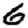
Digit: 6